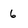
Character: 6